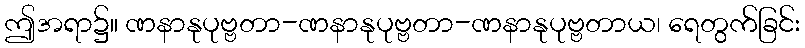
ဤအရာ၌။ ဏနာနုပုဗ္ဗတာ-ဏနာနုပုဗ္ဗတာ-ဏနာနုပုဗ္ဗတာယ၊ ရေတွက်ခြင်း